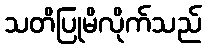
သတိပြုမိလိုက်သည်